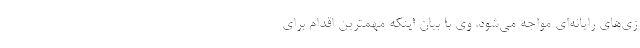
زی‌های رایانه‌ای مواجه می‌شود. وی با بیان اینکه مهمترین اقدام برای